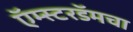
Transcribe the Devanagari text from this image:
ऍम्स्टरडॅमचा